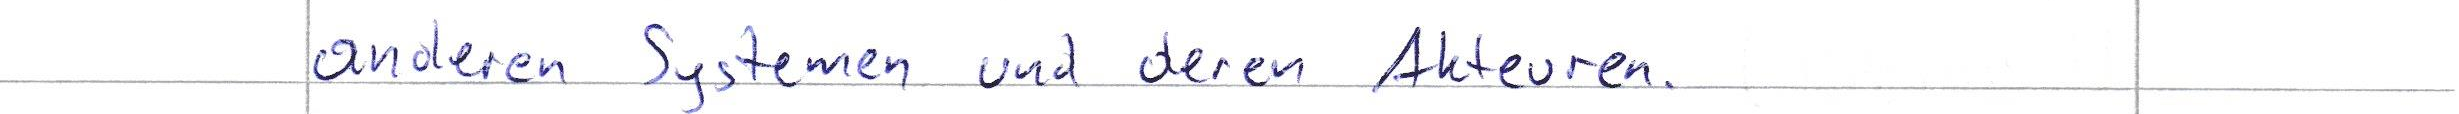
anderen Systemen und deren Akteuren.